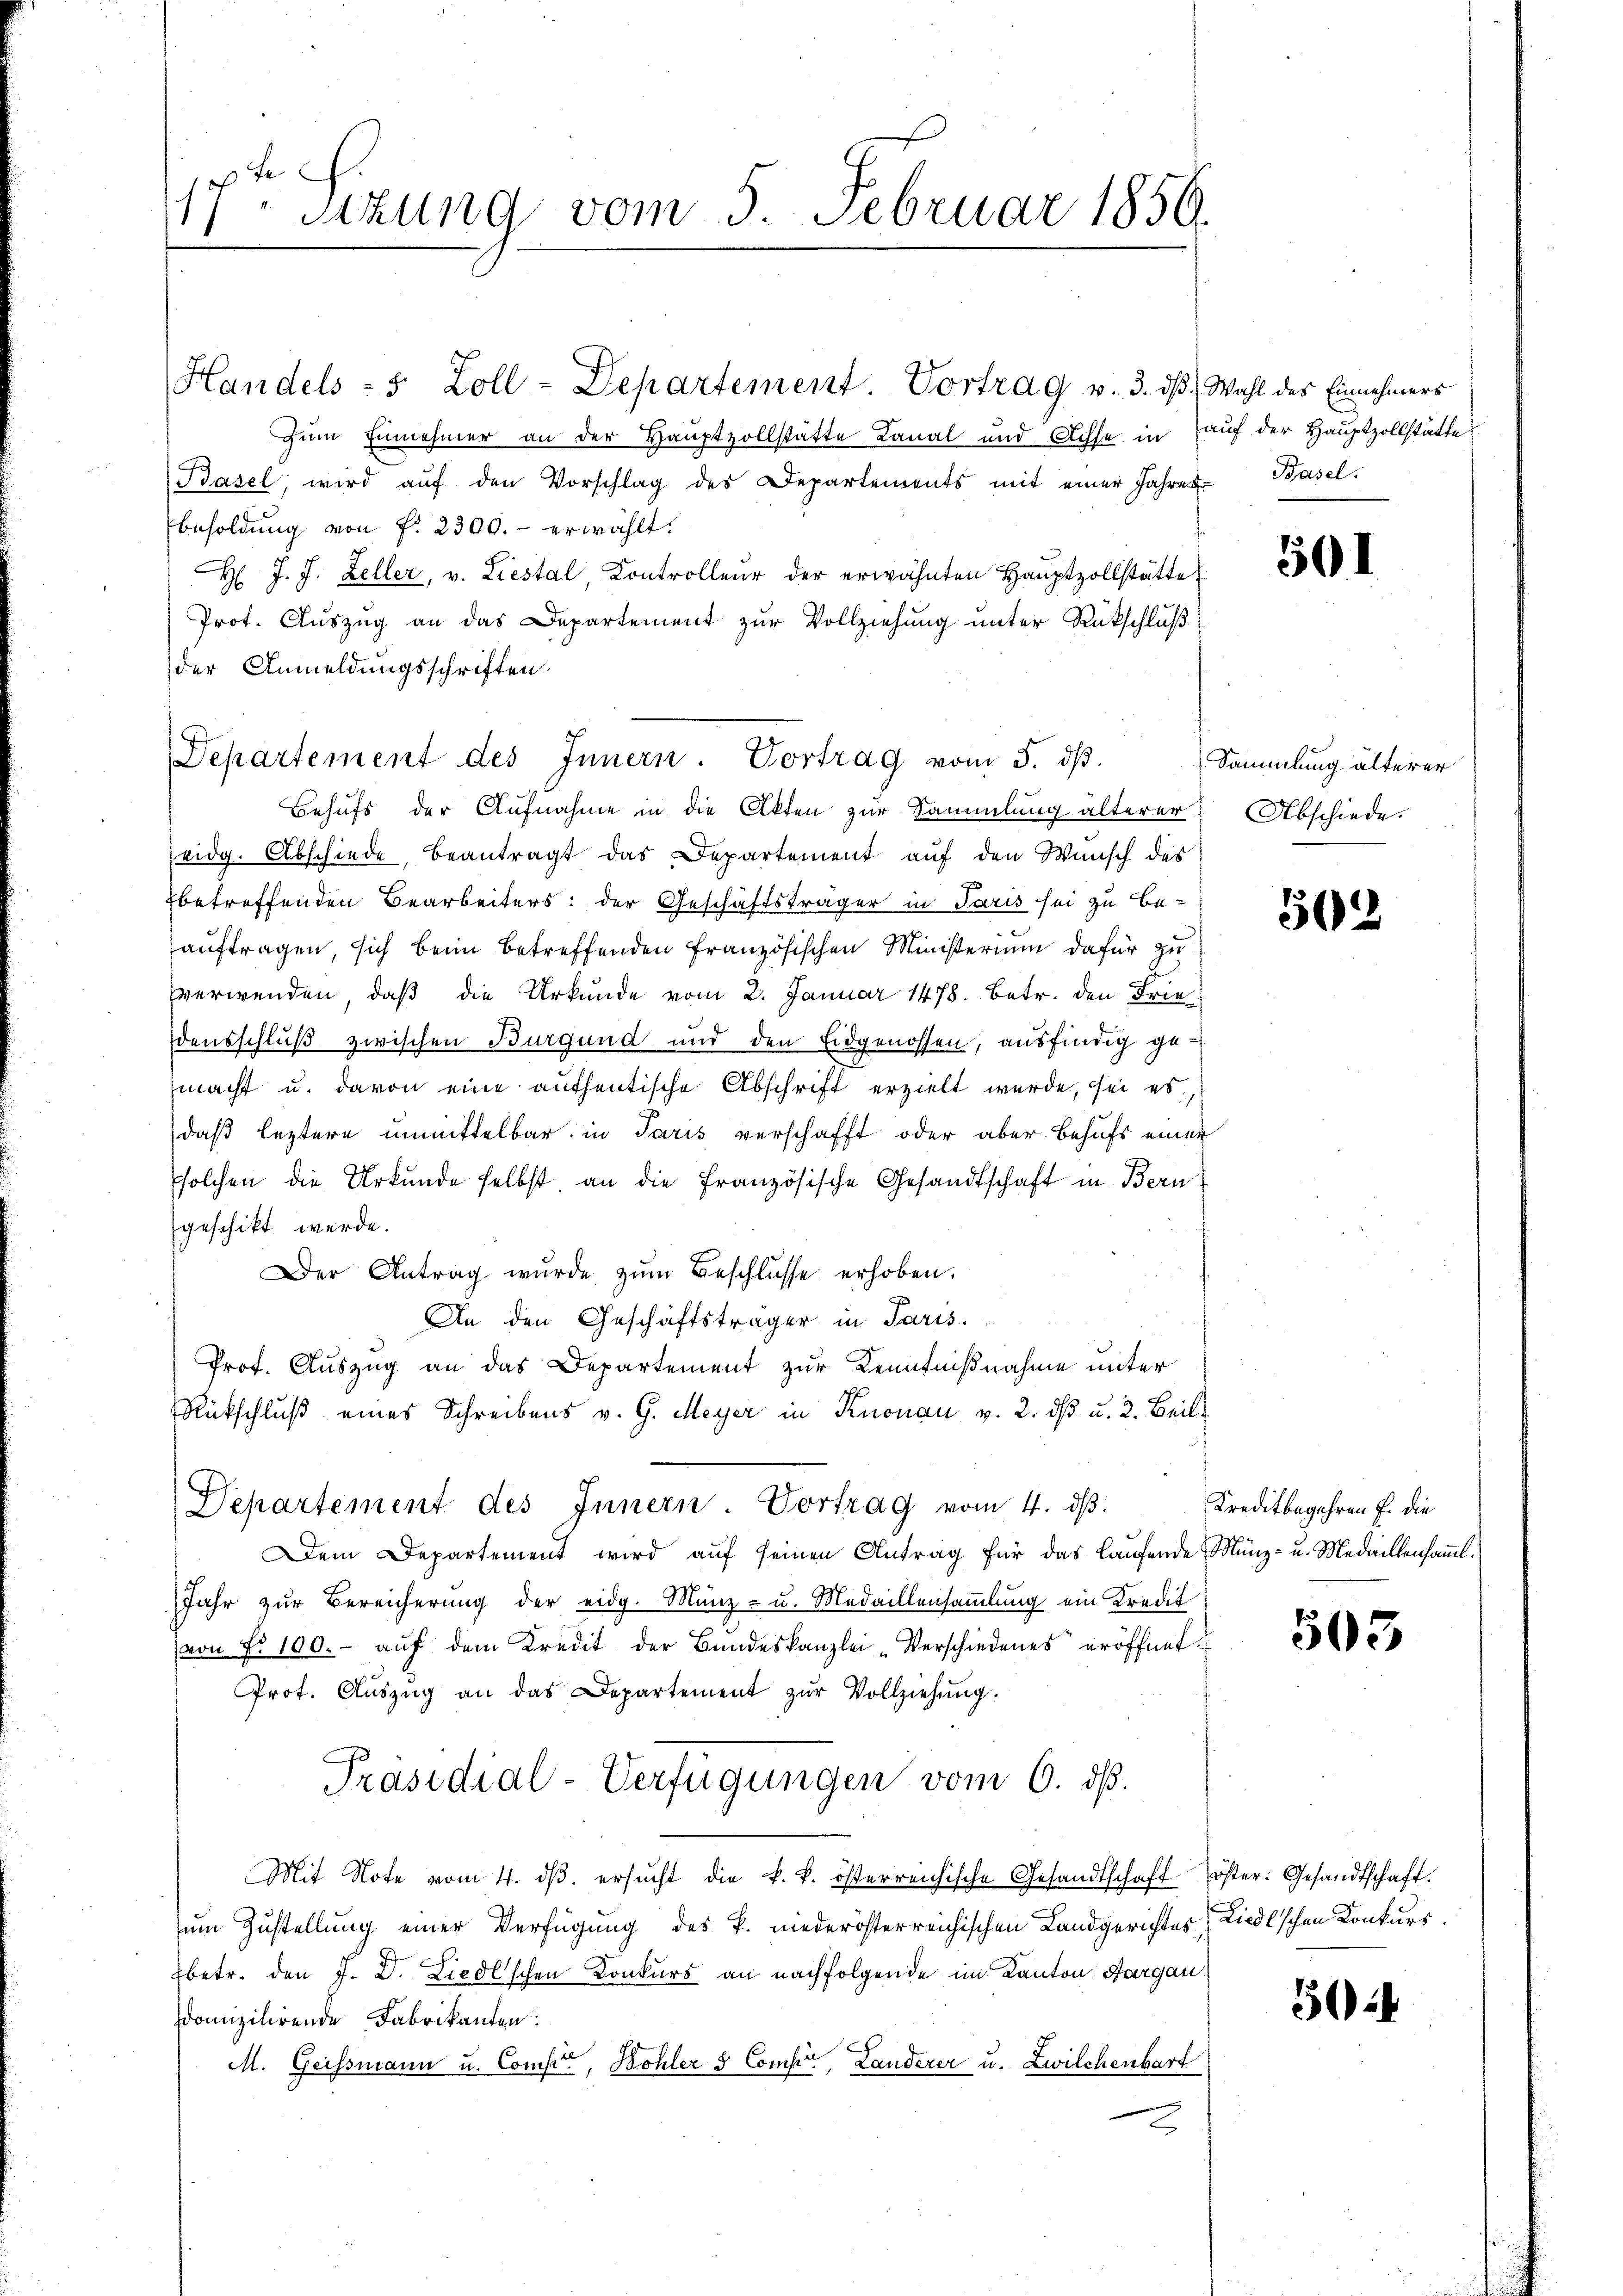
17 sizung vom 5. Februar 1856.

Handels - 5 Zoll-Departement. Vortrag v. 3. dβ, Wahl des Einnahmers
zum Einnehmer an der Hauptvollstätte Kanal und Achse in auf der Hauptzollstätte
Basel, wird aŭf den Vorschlag des Departements mit einer Jahres-Basel
Besoldung von f. 2300.- erwählt.
H J. J. Zeller, v. Liestal, Controlleur der erwähnten Hauptzollstätte
Prot. Auszug an das Departement zur Vollziehung unter Rückschluß
der Anmeldungsschriften.
Behufs der Aufnahme in die Akten zur Sammlung älterer
eidg. Abschiede, beantragt das Departement auf den Wunsch des
betreffenden Bearbeiters; der Geschäftsträger in Paris sei zu be-
auftragen, sich beim betreffenden Französischen Ministerium dafür zu
verwenden, daß die Urkunde vom 2. Januar 1478. Betr. den Friedensschluß zwischen Burgund und den Eidgenossen, ausfindig gemacht u. davon eine authentische Abschrift erzielt wurde, sei es,
daß leztere unmittelbar in Paris verschafft oder aber Behufs einer
solchen die Urkunde selbst an die Französische Gesandtschaft in Bern
geschikt werde.
Der Antrag wurde zŭm Beschlŭsse erhoben.
An den Geschäftsträger in Paris.
Prof. Auszug an das Departement zur Kenntnißnahme unter
Rückschluß eines Schreibens v. G. Meyer in Knonau v. 2. dβ u. 2. Beil.
Departement des Innern. Vortrag vom 4. dβ.
Dem Departement wird auf seinen Antrag für das Laufende Münz- u. Medaillensamml.
Jahr zur Bereicherung der eidg. Münz- u. Medaillensammlung ein Kredit
von No 100.- aŭf dem Kredit der Bundeskanzlei-Verschiedenes eröffnet.
Prot. Aŭszŭg an das Departement zŭr Vollziehŭng.
Präsidial-Verfügungen vom 6. ds.
Mit Note vom 4. dβ. ersŭcht die k. k. österreichische Gesandtschaft öster. Gesandtschaft.
zum Zustellung einer Verfügung des P. niederösterreichischen Landgerichtes,
betr. den J. D. Liedlschen Konkurs an nachfolgende im Kanton Aargau
Idomizilirende Fabrikanten:
M. Geissmann u. Compte, Bohler & Comp., Landerer u. Zwilchenbart

Departement des Innern. Vortrag vom 5. dβ.

501

Sammlung älterer
Abschiede

502

Kreditbegehren f. die

503

Liedlischen Konkurs.

504